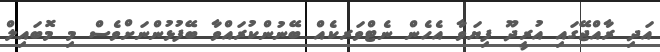
އަދި ރާއްޖޭގައި އުރީދޫ ފިޔަވާ އެހެން ނެޓްވަރކެއް ބޭނުންކުރައްވާ ބޭފުޅުންނަށްވެސް މި މޮބައިލް